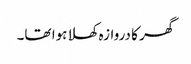
گھر کا دروازہ کھلا ہوا تھا۔